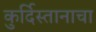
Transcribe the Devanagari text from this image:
कुर्दिस्तानाचा